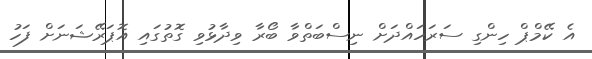
އެ ކޭމްޕް ހިންގި ސަރަހައްދަށް ނިސްބަތްވާ ބޯރާ ވިދާޅުވި ގޮތުގައި އޮޕަރޭޝަނަށް ފަހު